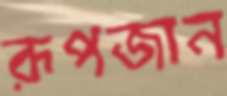
রূপজান